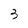
Character: 3